Annual report of the Civil Veterinary Department, Bengal, for the year 1898-99 - 1898-1899
Year: 1898
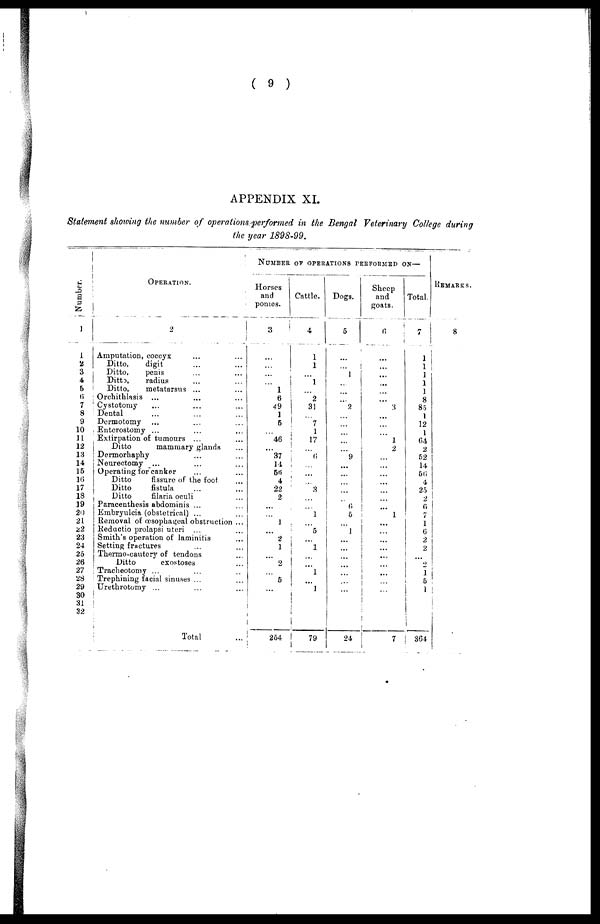
( 9 )
APPENDIX XL
Statement showing the number of operations performed in the Bengal Veterinary College during
the year 1898-99.
Numbe r
.
1
1
2
3
4
5
6
7
8
9
10
11
12
13
14
15
16
17
18
19
20
21
22
23
24
25
26
27
28
29
30
31
32
OPERATION.
2
Amputation, coccyx ... ...
Ditto,
digit ... ...
Ditto,
penis ... ...
Ditto,
radius ... ...
Ditto,
metatarsus ... ...
Orchithlasis ... ... ...
Cystotomy ... ... ...
Dental ... ... ...
Dermotomy ... ... ...
Enterostomy ... ... ...
Extirpation of tumours ... ...
Ditto
mammary glands ...
Dermorhaphy ... ...
Neurectomy ... ... ...
Operating for canker ... ...
Ditto
fissure
of the foot. ...
Ditto fistula ... ...
Ditto
filaria
oculi ...
Paracenthesis abdominis ... ...
Embryulcia (obstetrical) ... ...
Removal of æsophageal obstruction ...
Reductio prolapsi uteri ... ...
Smith's operation of laminitis ...
Setting fractures ... ...
Thermo-eautery of tendons ...
Ditto
exostoses ...
Tracheotomy ... ... ...
Trephining facial sinuses ... ...
Urethrotomy ... ... ...
Total ...
NUMBER OF OPERATIONS PERFORMED ON—
Horses
and
ponies.
3
...
...
...
...
1
6
49
1
5
...
46
...
37
14
56
4
22
2
...
...
1
...
2
1
...
2
...
5
...
254
Cattle.
4
1
1
...
l
...
2
31
...
7
1
17
...
6
...
...
...
3
...
...
1
...
5
...
1
...
...
1
...
1
79
Dogs.
5
...
...
1
...
...
...
2
...
...
...
...
...
9
...
...
...
...
...
6
5
...
1
...
...
...
...
...
...
...
24
Sheep
and
goats.
6
...
...
...
...
...
...
3
...
...
...
1
2
...
...
...
...
...
...
...
1
...
...
...
...
...
...
...
...
...
7
Total.
1
1
1
1
1
8
85
1
12
1
64
2
52
14
56
4
25
2
6
7
1
6
2
2
...
2
1
5
1
364
REMARKS.
8